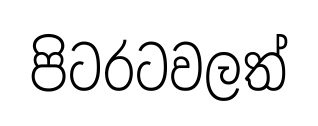
පිටරටවලත්